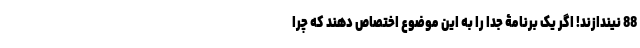
88 نیندازند! اگر یک برنامۀ جدا را به این موضوع اختصاص دهند که چرا